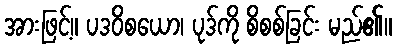
အားဖြင့်။ ပဒဝိစယော၊ ပုဒ်ကို စိစစ်ခြင်း မည်၏။